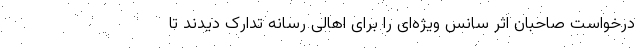
درخواست صاحبان اثر سانس ویژه‌ای را برای اهالی رسانه تدارک دیدند تا